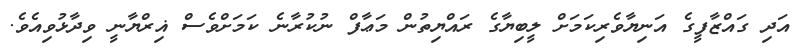
އަދި ގައްޒާފީގެ އަނިޔާވެރިކަމަށް ލީބިޔާގެ ރައްޔިތުން މަޢާފް ނުކުރާނެ ކަމަށްވެސް ޣިރްޔާނީ ވިދާޅުވިއެވެ.